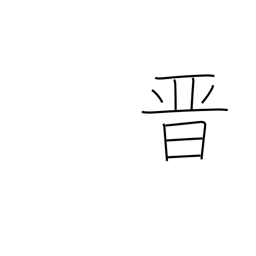
Meaning: advance